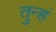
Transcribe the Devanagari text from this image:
तुन्हं